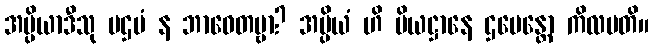
အပ္ပိယာဒီသု ပဌမံ န ဘာဝေတဗ္ဗာ? အပ္ပိယံ ဟိ ပိယဋ္ဌာနေ ဌပေန္တော ကိလမတိ။